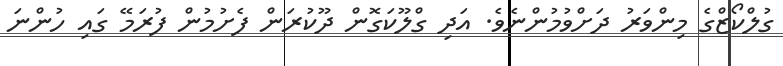
ގުލްކޯޒްގެ މިންވަރު ދަށްވުމުންނެވެ. އަދި ގްލޫކަގޮން ދޫކުރަން ފެށުމުން ފުރަމޭ ގައި ހުންނަ